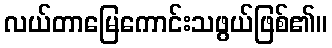
လယ်တာမြေကောင်းသဖွယ်ဖြစ်၏။